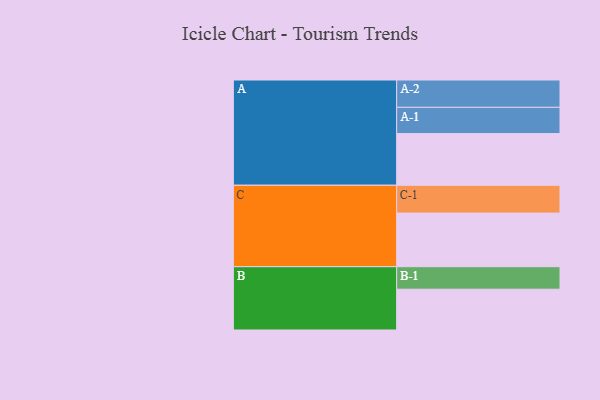
{"axis": {"x": "Segment", "y": "Value"}, "legend": ["", "A", "B", "C"], "data": [{"x": "A", "y": 399, "type": ""}, {"x": "B", "y": 315, "type": ""}, {"x": "C", "y": 414, "type": ""}, {"x": "A-1", "y": 203, "type": "A"}, {"x": "A-2", "y": 211, "type": "A"}, {"x": "B-1", "y": 174, "type": "B"}, {"x": "C-1", "y": 215, "type": "C"}]}